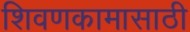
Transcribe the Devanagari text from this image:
शिवणकामासाठी